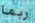
ربما